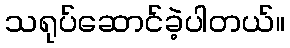
သရုပ်ဆောင်ခဲ့ပါတယ်။